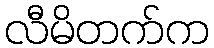
လီမိတက်က